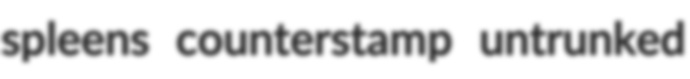
spleens counterstamp untrunked